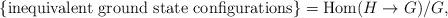
LaTeX: \begin{align*}\{ \mbox{inequivalent ground state configurations} \} = \textrm{Hom} (H \rightarrow G)/G,\end{align*}